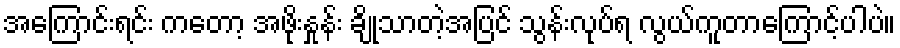
အကြောင်းရင်း ကတော့ အဖိုးနှုန်း ချိုသာတဲ့အပြင် သွန်းလုပ်ရ လွယ်ကူတာကြောင့်ပါပဲ။